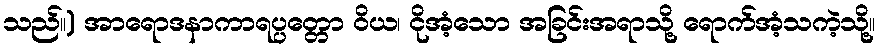
သည်။) အာရောဒနာကာရပ္ပတ္တော ဝိယ၊ ငိုအံ့သော အခြင်းအရာသို့ ရောက်အံ့သကဲ့သို့။